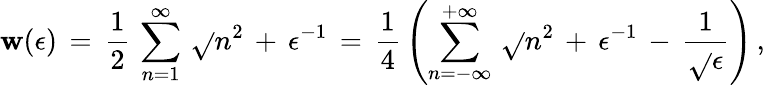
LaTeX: \mathbf{w}(\epsilon)\, =\, \frac{{1}}{{2}}\, \sum_{n=1}^{\infty}\, \sqrt{}{{n^{2}\, +\, \epsilon^{-1}}}\, =\, \frac{{1}}{{4}}\, \left(\sum_{n=-\infty}^{+\infty}\, \sqrt{}{{n^{2}\, +\, \epsilon^{-1}}}\, -\, \frac{{1}}{{\sqrt{}{{\epsilon}}}}\right)\, {,}